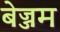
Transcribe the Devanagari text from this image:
बेज्जम